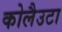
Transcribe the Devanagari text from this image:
कोलैउटा